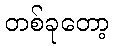
တစ်ခုတော့